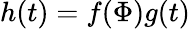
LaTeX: h(t)=f(\Phi)g(t)